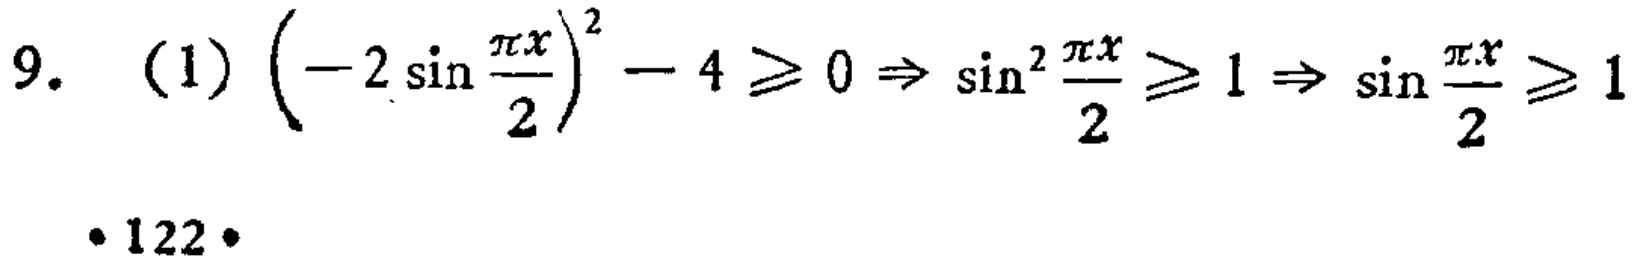
9. (1) $\left(-2\sin\frac{\pi x}{2}\right)^{2}-4\geqslant0\Rightarrow\sin^{2}\frac{\pi x}{2}\geqslant1\Rightarrow\sin\frac{\pi x}{2}\geqslant1$
·122·